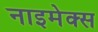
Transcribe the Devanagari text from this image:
नाइमेक्स